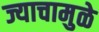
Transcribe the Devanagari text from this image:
ज्याचामुळे